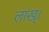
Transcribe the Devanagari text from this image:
लाख्।